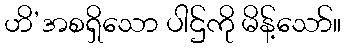
ဟိ’အစရှိသော ပါဌ်ကို မိန့်သော်။